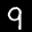
Label: 9